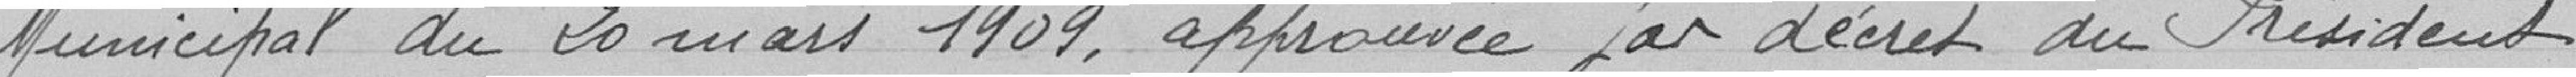
Municipal du 20 mars 1909, approuvée par décret du Président